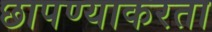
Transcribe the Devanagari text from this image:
छापण्याकरता